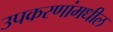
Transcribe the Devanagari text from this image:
उपकरणांमधील